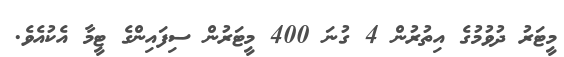
މީޓަރު ދުވުމުގެ އިތުރުން 4 ގުނަ 400 މީޓަރުން ސިފައިންގެ ޓީމާ އެކުއެވެ.